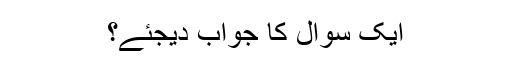
ایک سوال کا جواب دیجئے؟